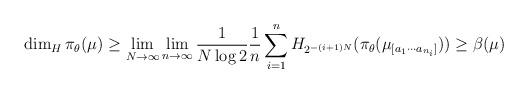
LaTeX: \begin{align*}\dim_H\pi_{\theta}(\mu)\geq \lim_{N\to\infty}\lim_{n\to\infty}\frac{1}{N\log 2}\frac{1}{n}\sum_{i=1}^n H_{2^{-(i+1)N}}(\pi_{\theta}(\mu_{[a_1\cdots a_{n_i}]}))\geq \beta(\mu)\end{align*}